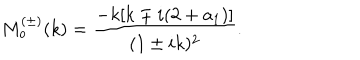
LaTeX: M _ { o } ^ { ( \pm ) } ( k ) = \frac { - k [ k \mp i ( 2 + a _ { 1 } ) ] } { ( 1 \pm i k ) ^ { 2 } } .